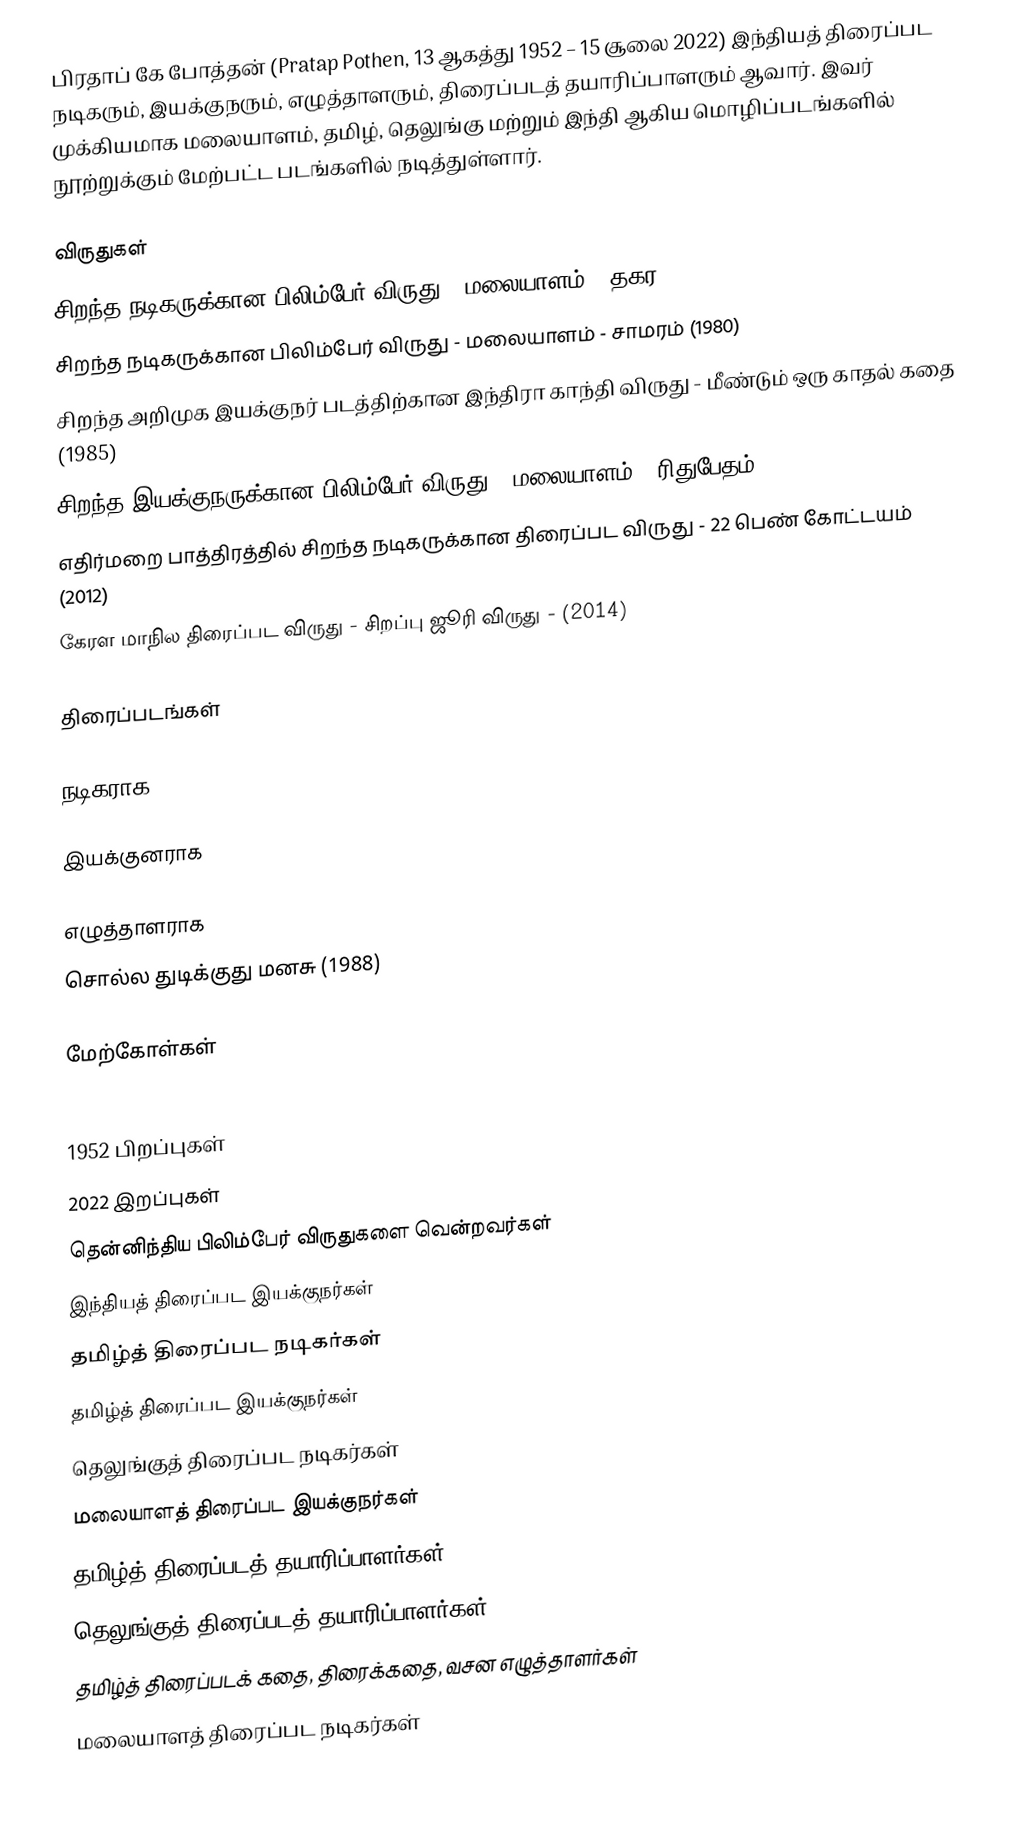
பிரதாப் கே போத்தன் (Pratap Pothen, 13 ஆகத்து 1952 – 15 சூலை 2022) இந்தியத் திரைப்பட நடிகரும், இயக்குநரும், எழுத்தாளரும், திரைப்படத் தயாரிப்பாளரும் ஆவார். இவர் முக்கியமாக மலையாளம், தமிழ், தெலுங்கு மற்றும் இந்தி ஆகிய மொழிப்படங்களில் நூற்றுக்கும் மேற்பட்ட படங்களில் நடித்துள்ளார்.

விருதுகள்
 சிறந்த நடிகருக்கான பிலிம்பேர் விருது - மலையாளம் - தகர (1979)
 சிறந்த நடிகருக்கான பிலிம்பேர் விருது - மலையாளம் - சாமரம் (1980)
 சிறந்த அறிமுக இயக்குநர் படத்திற்கான இந்திரா காந்தி விருது - மீண்டும் ஒரு காதல் கதை (1985)
 சிறந்த இயக்குநருக்கான பிலிம்பேர் விருது - மலையாளம் - ரிதுபேதம் (1987)
 எதிர்மறை பாத்திரத்தில் சிறந்த நடிகருக்கான திரைப்பட விருது - 22 பெண் கோட்டயம் (2012)
 கேரள மாநில திரைப்பட விருது - சிறப்பு ஜூரி விருது - (2014)

திரைப்படங்கள்

நடிகராக

இயக்குனராக

எழுத்தாளராக
சொல்ல துடிக்குது மனசு (1988)

மேற்கோள்கள்

1952 பிறப்புகள்
2022 இறப்புகள்
தென்னிந்திய பிலிம்பேர் விருதுகளை வென்றவர்கள்
இந்தியத் திரைப்பட இயக்குநர்கள்
தமிழ்த் திரைப்பட நடிகர்கள்
தமிழ்த் திரைப்பட இயக்குநர்கள்
தெலுங்குத் திரைப்பட நடிகர்கள்
மலையாளத் திரைப்பட இயக்குநர்கள்
தமிழ்த் திரைப்படத் தயாரிப்பாளர்கள்
தெலுங்குத் திரைப்படத் தயாரிப்பாளர்கள்
தமிழ்த் திரைப்படக் கதை, திரைக்கதை, வசன எழுத்தாளர்கள்
மலையாளத் திரைப்பட நடிகர்கள்